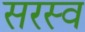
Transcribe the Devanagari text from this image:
सरस्व